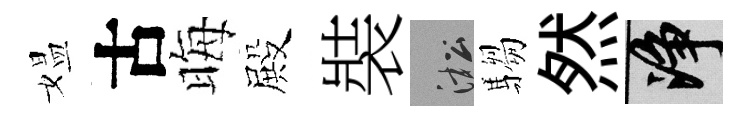
媪古晦殿裝淞騶然净